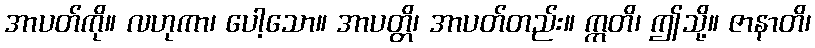
အာပတ်ကို။ လဟုကာ၊ ပေါ့သော။ အာပတ္တိ၊ အာပတ်တည်း။ ဣတိ၊ ဤသို့။ ဇာနာတိ၊